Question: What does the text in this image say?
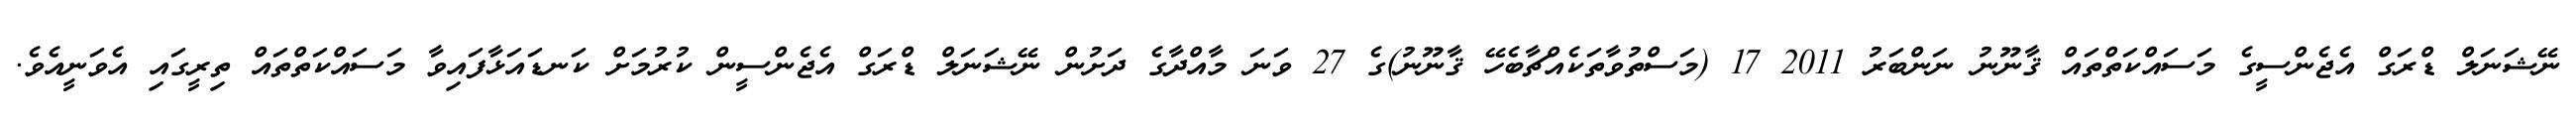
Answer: ނޭޝަނަލް ޑްރަގް އެޖެންސީގެ މަސައްކަތްތައް ޤާނޫނު ނަންބަރު 2011 17 (މަސްތުވާތަކެއްޗާބެހޭ ޤާނޫނު)ގެ 27 ވަނަ މާއްދާގެ ދަށުން ނޭޝަނަލް ޑްރަގް އެޖެންސީން ކުރުމަށް ކަނޑައަޅާފައިވާ މަސައްކަތްތައް ތިރީގައި އެވަނީއެވެ.